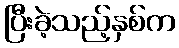
ပြီးခဲ့သည့်နှစ်က